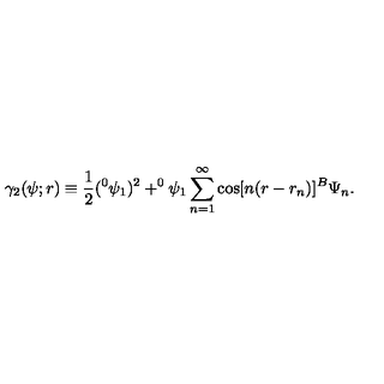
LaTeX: \gamma _ { 2 } ( \psi ; r ) \equiv \frac 1 2 ( ^ { 0 } \psi _ { 1 } ) ^ { 2 } + ^ { 0 } \psi _ { 1 } \sum _ { n = 1 } ^ { \infty } \cos [ n ( r - r _ { n } ) ] ^ { B } \Psi _ { n } .